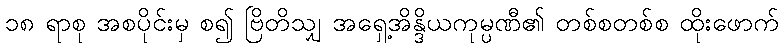
၁၈ ရာစု အစပိုင်းမှ စ၍ ဗြိတိသျှ အရှေ့အိန္ဒိယကုမ္ပဏီ၏ တစ်စတစ်စ ထိုးဖောက်